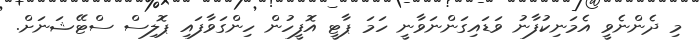
މި ދެންނެވީ އެމަނިކުފާނު ވަޑައިގަންނަވާނީ ހަމަ ޕާޓީ އޮފީހުން ހިންގަވާފައި ޕޮލިސް ސްޓޭޝަނަށް.